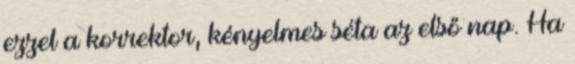
ezzel a korrektor, kényelmes séta az első nap. Ha